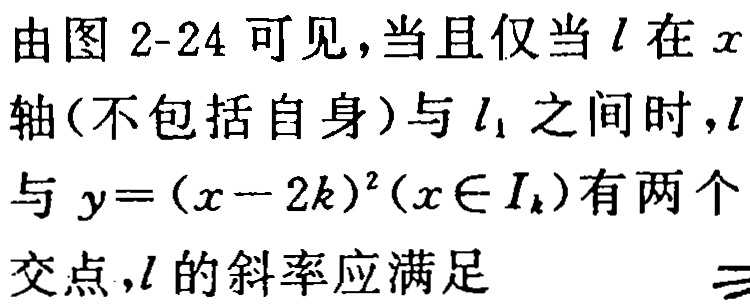
由图 2-24 可见，当且仅当 \(l\) 在 \(x\) 轴（不包括自身）与 \(l_{1}\) 之间时，\(l\) 与 \(y=(x - 2k)^{2}(x\in I_{k})\) 有两个交点，\(l\) 的斜率应满足